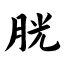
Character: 胱